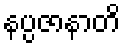
နပ္ပဇာနာတိ